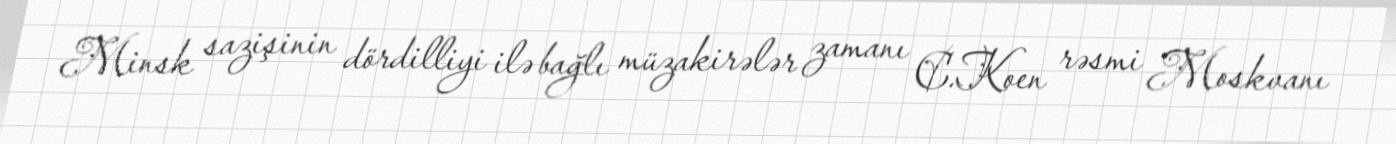
Minsk sazişinin dördilliyi ilə bağlı müzakirələr zamanı C.Koen rəsmi Moskvanı